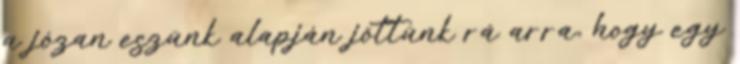
a józan eszünk alapján jöttünk rá arra, hogy egy